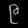
Digit: ၉